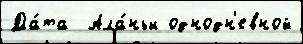
Да́та  Ала́ньи однодн'евной